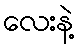
လေးနဲ့